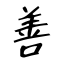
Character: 善